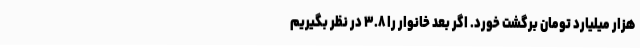
هزار میلیارد تومان برگشت خورد. اگر بعد خانوار را ۳.۸ در نظر بگیریم